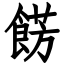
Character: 餝